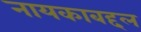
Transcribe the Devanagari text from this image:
नायकाबद्दल